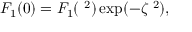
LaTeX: F _ { 1 } ( 0 ) = { \cal F } _ { 1 } ( { \bf \Delta } ^ { 2 } ) \exp ( - \zeta { \bf \Delta } ^ { 2 } ) ,